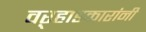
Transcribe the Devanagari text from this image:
वऱ्हाडकारांनी